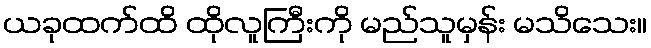
ယခုထက်ထိ ထိုလူကြီးကို မည်သူမှန်း မသိသေး။